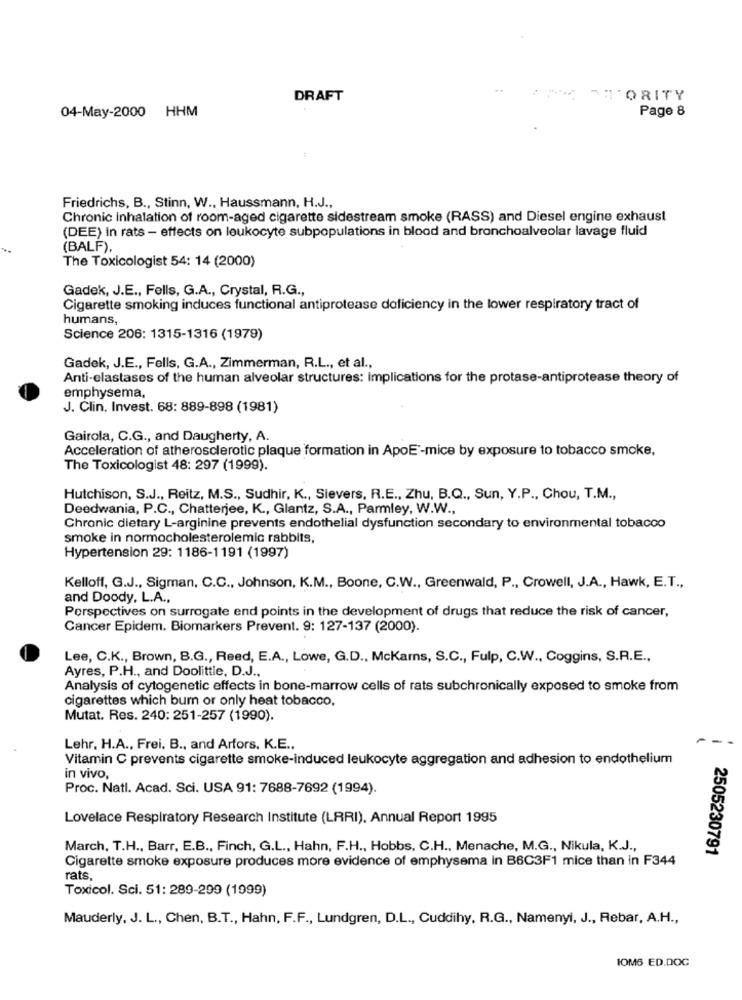
- :
DRAFT
FORITY
04-May-2000 HHM
Page 8
Friedrichs, B ., Stinn, W ., Haussmann, H.J .,
Chronic Inhalation of room-aged cigarette sidestream smoke (RASS) and Diesel engine exhaust
(DEE) in rats - effects on leukocyte subpopulations in blood and bronchoalveolar lavage fluid
(BALF),
The Toxicologist 54: 14 (2000)
Gadek, J.E ., Fells, G.A ., Crystal, R.G .,
Cigarette smoking induces functional antiprotease deficiency in the lower respiratory tract of
humans,
Science 206: 1315-1316 (1979)
Gadek, J.E ., Fells, G.A ., Zimmerman, R.L ., et al .,
Anti-elastases of the human alveolar structures: implications for the protase-antiprotease theory of
emphysema,
J. Clin. Invest. 68: 889-898 (1981)
Gairola, C.G ., and Daugherty, A.
Acceleration of atherosclerotic plaque formation in ApoE'-mice by exposure to tobacco smoke,
The Toxicologist 48: 297 (1999).
Hutchison, S.J ., Reitz, M.S ., Sudhir, K ., Sievers, R.E ., Zhu, B.Q ., Sun, Y.P ., Chou, T.M .,
Deedwania, P.C ., Chatterjee, K ., Glantz, S.A ., Parmley, W.W .,
Chronic dietary L-arginine prevents endothelial dysfunction secondary to environmental tobacco
smoke in normocholesterolemic rabbits,
Hypertension 29: 1186-1191 (1997)
Kelloff, G.J ., Sigman, C.C ., Johnson, K.M ., Boone, C.W ., Greenwald, P ., Crowell, J.A ., Hawk, E.T .,
and Doody, L.A .,
Perspectives on surrogate end points in the development of drugs that reduce the risk of cancer,
Cancer Epidem. Biomarkers Prevent. 9: 127-137 (2000).
Lee, C.K ., Brown, B.G ., Reed, E.A ., Lowe, G.D ., McKarns, S.C ., Fulp, C.W ., Coggins, S.R.E .,
Ayres, P.H ., and Doolittle, D.J .,
Analysis of cytogenetic effects in bone-marrow cells of rats subchronically exposed to smoke from
cigarettes which bum or only heat tobacco,
Mutat. Res. 240: 251-257 (1990).
Lehr, H.A ., Frei, B ., and Arfors, K.E .,
Vitamin C prevents cigarette smoke-induced leukocyte aggregation and adhesion to endothelium
in vivo,
Proc. Natl. Acad. Sci. USA 91: 7688-7692 (1994).
Lovelace Respiratory Research Institute (LRRI), Annual Report 1995
March, T.H ., Barr, E.B ., Finch, G.L ., Hahn, F.H ., Hobbs, C.H ., Menache, M.G ., Nikula, K.J .,
2505230791
Cigarette smoke exposure produces more evidence of emphysema in B6C3F1 mice than in F344
rats,
Toxicol. Sci. 51: 289-299 (1999)
Mauderly, J. L ., Chen, B.T ., Hahn, F.F ., Lundgren, D.L ., Cuddihy, R.G ., Namenyi, J ., Rebar, A.H .,
IOM6 ED.DOC